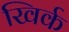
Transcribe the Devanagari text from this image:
खिर्क